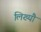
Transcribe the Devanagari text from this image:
लिख्यौ